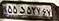
۵۵د۵۲۷۶۷